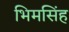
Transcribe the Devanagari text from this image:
भिमसिंह